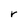
Character: r